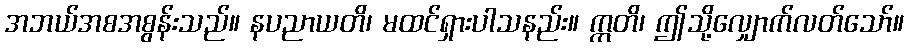
အဘယ်အစအစွန်းသည်။ နပညာယတိ၊ မထင်ရှားပါသနည်း။ ဣတိ၊ ဤသို့လျှောက်လတ်သော်။